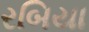
રબિયા